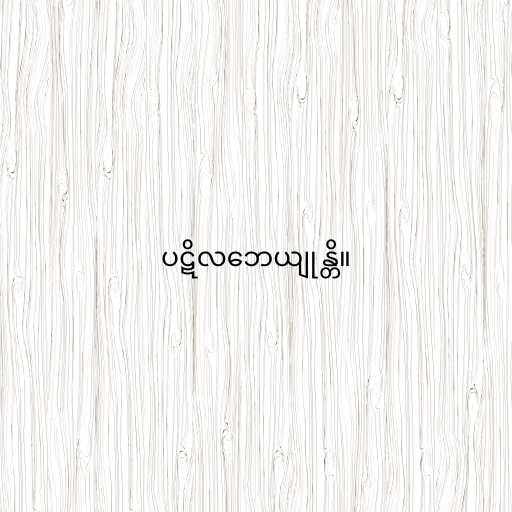
ပဋိလဘေယျုန္တိ။